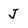
Character: J